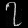
Digit: ၇